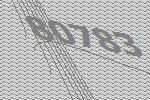
80783